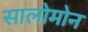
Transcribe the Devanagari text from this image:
सालोमोन